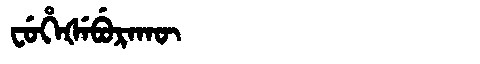
Manchu: ᠸᡠᡥᡝᡧᡝᠪᡠᡵᠠᡴᡡ
Romanization: FUHEŠEBURAKŪ